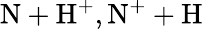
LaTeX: \mathrm{N+H^{+},N^{+}+H}